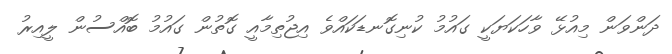
ދަންވަން މިއުޅޭ ވާހަކަޔަކީ ގައުމު ކުނިގޮނޑަކައްވެ އިޖުތިމާއީ ގޮތުން ގައުމު ބޮއްސުން ލީއިރު